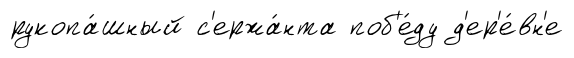
рукопа́шный с'ержа́нта поб'е́ду д'ер'е́вн'е